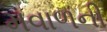
મવાળની